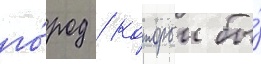
го́род / которыи бы́